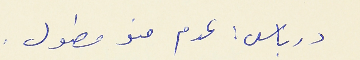
درباس : عدم منو مطول .